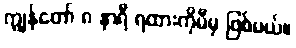
ကျွန်တော် ၈ နာရီ ရထားကိုမီမှ ဖြစ်မယ်။